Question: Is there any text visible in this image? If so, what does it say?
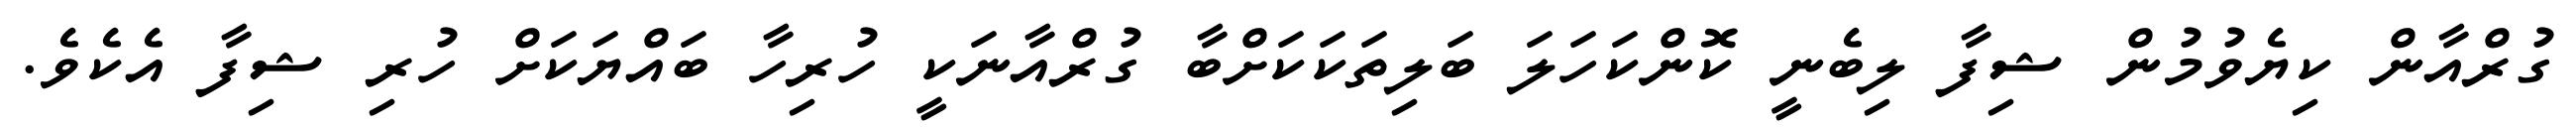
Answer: ގުރްއާން ކިޔެވުމުން ޝިފާ ލިބެނީ ކޮންކަހަލަ ބަލިތަކަކަށްބާ ގުރްއާނަކީ ހުރިހާ ބައްޔަކަށް ހުރި ޝިފާ އެކެވެ.